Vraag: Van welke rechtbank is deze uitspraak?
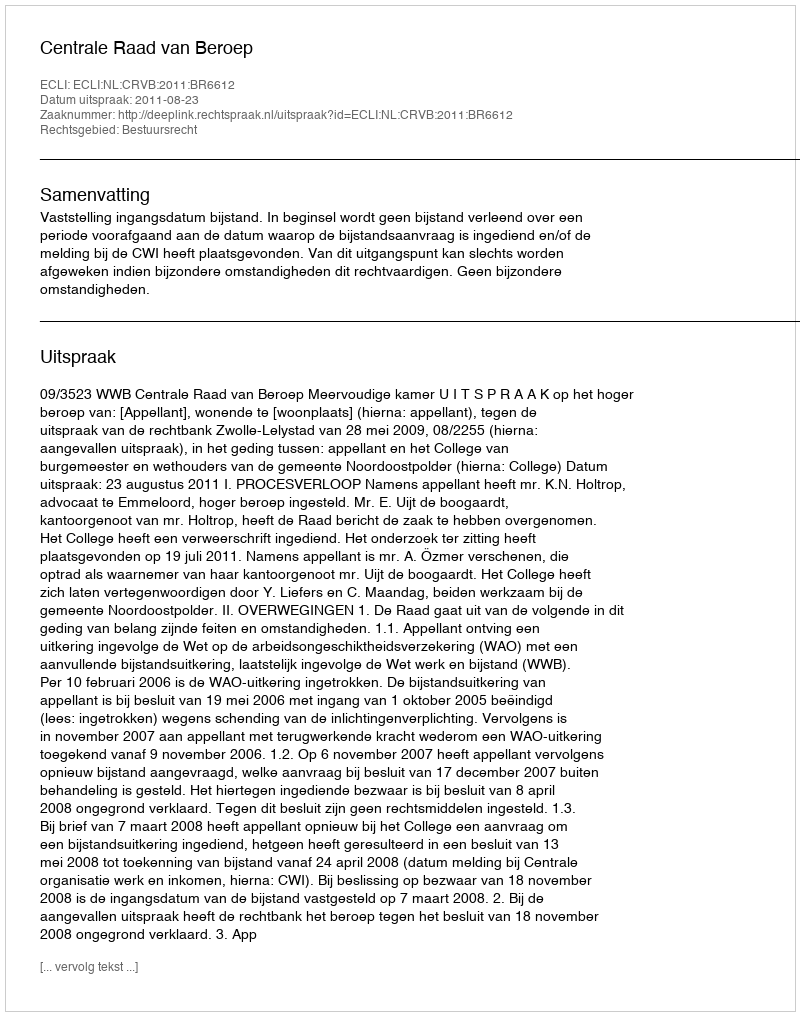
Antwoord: Centrale Raad van Beroep